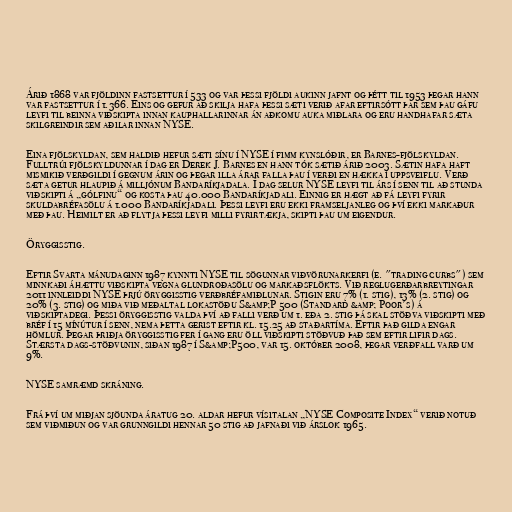
Árið 1868 var fjöldinn fastsettur í 533 og var þessi fjöldi aukinn jafnt og þétt til 1953 þegar hann
var fastsettur í 1.366. Eins og gefur að skilja hafa þessi sæti verið afar eftirsótt þar sem þau gáfu
leyfi til beinna viðskipta innan kauphallarinnar án aðkomu auka miðlara og eru handhafar sæta
skilgreindir sem aðilar innan NYSE.

Eina fjölskyldan, sem haldið hefur sæti sínu í NYSE í fimm kynslóðir, er Barnes-fjölskyldan.
Fulltrúi fjölskyldunnar í dag er Derek J. Barnes en hann tók sætið árið 2003. Sætin hafa haft
mismikið verðgildi í gegnum árin og þegar illa árar falla þau í verði en hækka í uppsveiflu. Verð
sæta getur hlaupið á milljónum Bandaríkjadala. Í dag selur NYSE leyfi til árs í senn til að stunda
viðskipti á „gólfinu“ og kosta þau 40.000 Bandaríkjadali. Einnig er hægt að fá leyfi fyrir
skuldabréfasölu á 1.000 Bandaríkjadali. Þessi leyfi eru ekki framseljanleg og því ekki markaður
með þau. Heimilt er að flytja þessi leyfi milli fyrirtækja, skipti þau um eigendur.

Öryggisstig.

Eftir Svarta mánudaginn 1987 kynnti NYSE til sögunnar viðvörunarkerfi (e. "trading curbs") sem
minnkaði áhættu viðskipta vegna glundroðasölu og markaðsflökts. Við reglugerðarbreytingar
2011 innleiddi NYSE þrjú öryggisstig verðbréfamiðlunar. Stigin eru 7% (1. stig), 13% (2. stig) og
20% (3. stig) og miða við meðaltal lokastöðu S&amp;P 500 (Standard &amp; Poor's) á
viðskiptadegi. Þessi öryggisstig valda því að falli verð um 1. eða 2. stig þá skal stöðva viðskipti með
bréf í 15 mínútur í senn, nema þetta gerist eftir kl. 15.25 að staðartíma. Eftir það gilda engar
hömlur. Þegar þriðja öryggisstig fer í gang eru öll viðskipti stöðvuð það sem eftir lifir dags.
Stærsta dags-stöðvunin, siðan 1987 í S&amp;P500, var 15. október 2008, þegar verðfall varð um
9%.

NYSE samræmd skráning.

Frá því um miðjan sjöunda áratug 20. aldar hefur vísitalan „NYSE Composite Index“ verið notuð
sem viðmiðun og var grunngildi hennar 50 stig að jafnaði við árslok 1965.